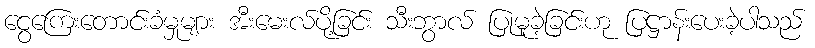
ငွေကြေးတောင်းခံမှုများ အီးမေးလ်ပို့ခြင်း သီးဘွာလ် ပြုမူခဲ့ခြင်းဟု ပြဋ္ဌာန်းပေးခဲ့ပါသည်